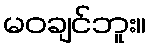
မဝချင်ဘူး။